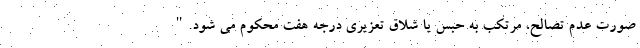
صورت عدم تصالح، مرتکب به حبس یا شلاق تعزیری درجه هفت محکوم می‌ شود."